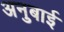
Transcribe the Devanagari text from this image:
अनुबाई